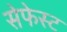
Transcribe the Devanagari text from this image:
सेफेस्ट